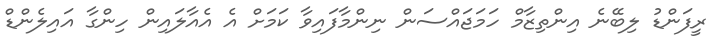
ރީފަންޑު ލިބޭނެ އިންތިޒާމް ހަމަޖައްސަން ނިންމާފައިވާ ކަމަށް އެ އެއާލައިން ހިންގާ އައިލެންޑް